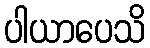
ပါယာပေသိ